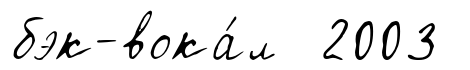
бэк-вока́л 2003